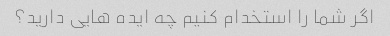
اگر شما را استخدام کنیم چه ایده هایی دارید؟